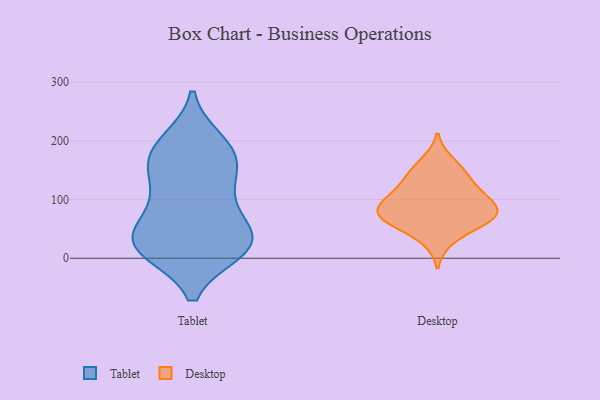
{"axis": {"x": "Conversion Rate (%)", "y": "Value"}, "legend": ["Desktop", "Tablet"], "data": [{"x": "", "y": 76, "type": "Tablet"}, {"x": "", "y": 176, "type": "Tablet"}, {"x": "", "y": 145, "type": "Tablet"}, {"x": "", "y": 199, "type": "Tablet"}, {"x": "", "y": 103, "type": "Tablet"}, {"x": "", "y": 195, "type": "Tablet"}, {"x": "", "y": 115, "type": "Tablet"}, {"x": "", "y": 13, "type": "Tablet"}, {"x": "", "y": 159, "type": "Tablet"}, {"x": "", "y": 171, "type": "Tablet"}, {"x": "", "y": 16, "type": "Tablet"}, {"x": "", "y": 43, "type": "Tablet"}, {"x": "", "y": 45, "type": "Tablet"}, {"x": "", "y": 15, "type": "Tablet"}, {"x": "", "y": 34, "type": "Tablet"}, {"x": "", "y": 27, "type": "Tablet"}, {"x": "", "y": 14, "type": "Tablet"}, {"x": "", "y": 69, "type": "Desktop"}, {"x": "", "y": 80, "type": "Desktop"}, {"x": "", "y": 69, "type": "Desktop"}, {"x": "", "y": 102, "type": "Desktop"}, {"x": "", "y": 137, "type": "Desktop"}, {"x": "", "y": 146, "type": "Desktop"}, {"x": "", "y": 99, "type": "Desktop"}, {"x": "", "y": 66, "type": "Desktop"}, {"x": "", "y": 121, "type": "Desktop"}, {"x": "", "y": 165, "type": "Desktop"}, {"x": "", "y": 30, "type": "Desktop"}, {"x": "", "y": 100, "type": "Desktop"}, {"x": "", "y": 78, "type": "Desktop"}, {"x": "", "y": 58, "type": "Desktop"}]}